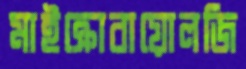
মাইক্রোবায়োলজি